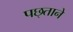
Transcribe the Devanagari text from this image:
पछ्ताने